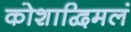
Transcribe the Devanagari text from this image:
कोशाद्विमलं